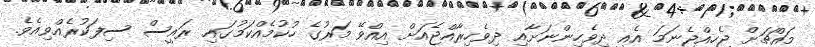
މައްޗަށް ޖެހިއްޖެނަމަ އެއީ ދިވެހިންނަށާއި ދިވެހިރާއްޖެއަށް އިއްވޭ މަރުގެ ހުކުމެއްކަމުގައި ރައީސް ސިފަކުރެއްވިއެވެ.